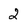
Character: 2